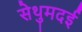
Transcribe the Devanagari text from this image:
सेथुमदई